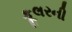
કૂલરની